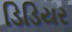
ડિડિયર